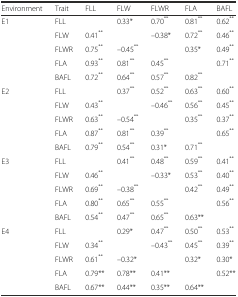
| Environment | Trait | FLL | FLW | FLWR | FLA | BAFL |
 | --- | --- | --- | --- | --- | --- | --- |
 | E1 | FLL |  | 0.33* | 0.70** | 0.81** | 0.62** |
 |  | FLW | 0.41** |  | –0.38* | 0.72** | 0.46** |
 |  | FLWR | 0.75** | –0.45** |  | 0.35* | 0.49** |
 |  | FLA | 0.93** | 0.81** | 0.45** |  | 0.71** |
 |  | BAFL | 0.72** | 0.64** | 0.57** | 0.82** |  |
 | E2 | FLL |  | 0.37** | 0.52** | 0.63** | 0.60** |
 |  | FLW | 0.43** |  | –0.46** | 0.56** | 0.45** |
 |  | FLWR | 0.63** | –0.54** |  | 0.35** | 0.37** |
 |  | FLA | 0.87** | 0.81** | 0.39** |  | 0.65** |
 |  | BAFL | 0.79** | 0.54** | 0.31* | 0.71** |  |
 | E3 | FLL |  | 0.41** | 0.48** | 0.59** | 0.41** |
 |  | FLW | 0.46** |  | –0.33* | 0.53** | 0.40** |
 |  | FLWR | 0.69** | –0.38** |  | 0.42** | 0.49** |
 |  | FLA | 0.80** | 0.65** | 0.55** |  | 0.56** |
 |  | BAFL | 0.54** | 0.47** | 0.65** | 0.63** |  |
 | E4 | FLL |  | 0.29* | 0.47** | 0.50** | 0.53** |
 |  | FLW | 0.34** |  | –0.43** | 0.45** | 0.39** |
 |  | FLWR | 0.61** | –0.32* |  | 0.32* | 0.30* |
 |  | FLA | 0.79** | 0.78** | 0.41** |  | 0.52** |
 |  | BAFL | 0.67** | 0.44** | 0.35** | 0.64** |  |